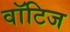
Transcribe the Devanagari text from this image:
वॉटिज